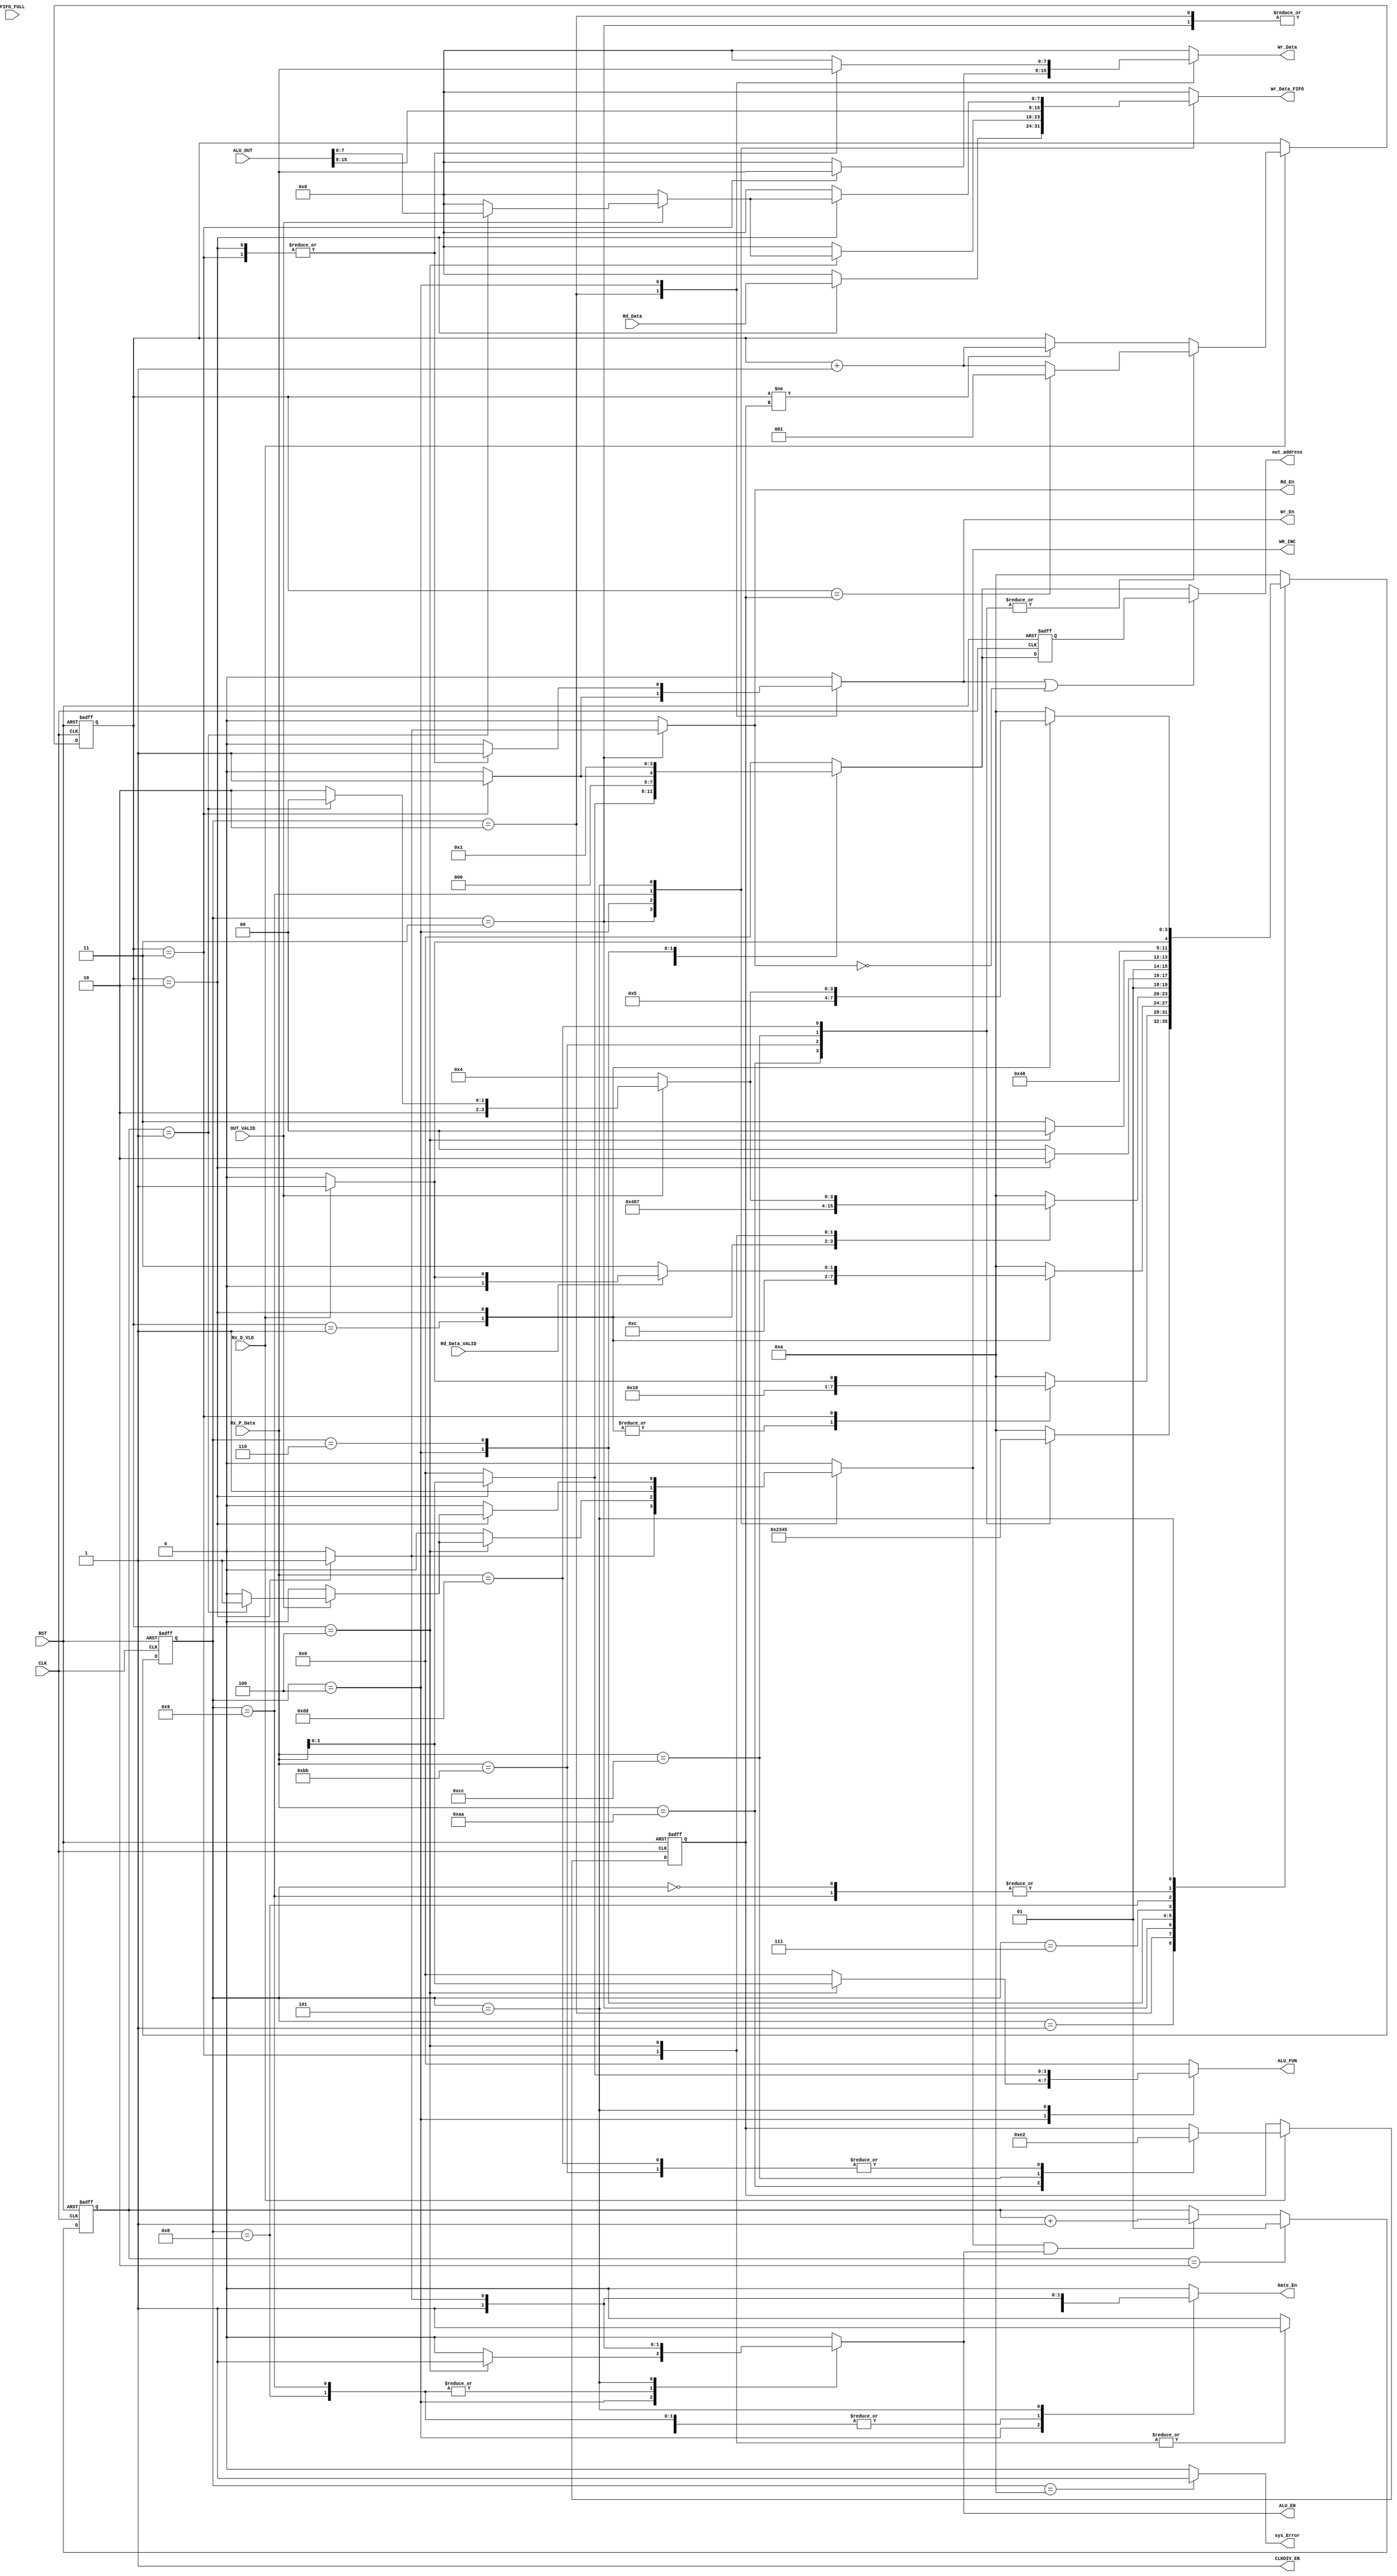
module System_CTRL(

input [15:0] 	ALU_OUT,

input		 	OUT_VALID,

input [7:0]		Rx_P_Data,

input			Rx_D_VLD,

input [7:0]		Rd_Data,

input			Rd_Data_VALID,

input			CLK,RST,FIFO_FULL,







output	reg 			ALU_EN,

output	reg [3:0]	ALU_FUN,

output	reg			Gate_En,

output	wire [3:0] 	out_address,

output	reg			Wr_En,Rd_En,

output	reg [7:0] 	Wr_Data,

output	reg [7:0] 	Wr_Data_FIFO ,

output	reg 			WR_INC,

output	reg 			sys_Error,

output 	wire 				CLKDIV_EN

















);





assign CLKDIV_EN = 1 ;







//reg [7:0] Wr_Data;

reg  [3:0] 	CU_STATE,NXT_STATE;

localparam  [3:0] 	IDLE = 4'b0000,

			Recieving = 4'b0001,

			Reg_File_Write = 4'b0010,

			Reg_File_Read = 4'b0011,

			ALU_with_operand = 4'b0100,

			ALU_with_No_operand = 4'b0101,

			wait_for_B = 4'b0110,

			turn_off_Wr_EN=4'b0111,

			turn_off_Wr_inc=4'b1000,

			final_send =4'b1001,

			ERROR =4'b1010;





reg [2:0] Frame_Counter ,Expected_NO_Frames;

//reg [7:0]  OLD_WR_DATA;

localparam [7:0]    RF_Wr_CMD = 8'hAA;

localparam [7:0]		  RF_Rd_CMD = 8'hBB;

localparam [7:0]		  ALU_OPER_W_OP_CMD = 8'hCC;

localparam [7:0]		  ALU_OPER_W_NOP_CMD = 8'hDD;





reg [1:0] send_CNT; //ALU_OPER_W_OP_CMD

//reg 		one_time;

reg [3:0] 	Address,Address_FF;

assign out_address = (Wr_En==1 || Rd_En == 0) ?  Address_FF :   Address;

//assign Wr_Data_final = (NXT_STATE == wait_for_B)? OLD_WR_DATA : Wr_Data;

/*

always @(posedge CLK or negedge RST)

begin

	if(!RST)

	begin

		OLD_WR_DATA <= 0;

	end

	else

	begin

		if(CU_STATE != wait_for_B)

			OLD_WR_DATA <= Wr_Data;

	end

end

*/

always @(posedge CLK or negedge RST)

begin

	if(!RST)

	begin

		Address_FF <= 1;

	end

	else

	begin

		

			Address_FF <= Address;

			

	end

	

	

end	







always @(posedge CLK or negedge RST)

begin

	if(!RST)

	begin

		send_CNT <= 1;

	end

	else

	begin

		if(send_CNT == 2 )

		begin

			send_CNT <= 1;

		end

		else if (WR_INC && ALU_EN)

		begin

			send_CNT <= send_CNT +1;

		end

	end

end







always @(posedge CLK or negedge RST)

begin

	if(!RST)

	begin

		CU_STATE <= IDLE;

		

	end

	else

	begin

		CU_STATE <= NXT_STATE;

	end

end





//Mealy 

always @(*)

begin

	case(CU_STATE)

	IDLE:

	begin

		

		ALU_EN = 0;

		ALU_FUN = 0;		

		Gate_En = 0;

		Address = 0;

		Wr_En = 0;

		Rd_En = 0;

		Wr_Data = 0;

		Wr_Data_FIFO = 0;

		WR_INC = 0;

		sys_Error = 0 ;

		//one_time =0;

		

		

		

		//NXT_STATE

		if(Rx_D_VLD)

		begin

			

			NXT_STATE = Recieving;

		end

		else

		begin

			NXT_STATE = IDLE;

		end

		

	end

	

	

	

	Recieving:

	begin	

		ALU_EN = 0;

		ALU_FUN = 0;		

		Gate_En = 0;

		Address = 0;

		Wr_En = 0;

		Rd_En = 0;

		Wr_Data = 0;

		Wr_Data_FIFO = 0;

		WR_INC = 0;

		sys_Error = 0 ;

		//one_time =0;

		

		

		

		case(Rx_P_Data)

		RF_Wr_CMD: 

		begin

			NXT_STATE = Reg_File_Write;

		end

		

		RF_Rd_CMD: 

		begin

			NXT_STATE = Reg_File_Read;

		end

		

		ALU_OPER_W_OP_CMD: 

		begin

			NXT_STATE = ALU_with_operand;

		end

		

		ALU_OPER_W_NOP_CMD: 

		begin

			NXT_STATE = ALU_with_No_operand;

		end

		

		default: // other commands [unknown]

		begin

			NXT_STATE = ERROR;

		end

		

		endcase

	

	end

	

	

	Reg_File_Write:
	

	begin
		ALU_EN = 0;
		ALU_FUN = 0;		
		Gate_En = 0;
		Address = 0;
		Wr_En = 0;
		Rd_En = 0;
		Wr_Data = 0;
		Wr_Data_FIFO = 0;
		WR_INC = 0;
		sys_Error = 0 ;
		

		case(Frame_Counter)

		3'd1:

		begin

			NXT_STATE = Reg_File_Write;

			//one_time =0;

		end

		3'd2:

		begin

			NXT_STATE = Reg_File_Write;

			//

			ALU_EN = 0;

			ALU_FUN = 0;		

			Gate_En = 0;

			Address = Rx_P_Data[3:0];

			

			Wr_En = 0;

			Rd_En = 0;

			Wr_Data = 0;

			Wr_Data_FIFO = 0;

			WR_INC = 0;

			sys_Error = 0 ;

			

			

			

		end

		3'd3:

		begin

			ALU_EN = 0;

			ALU_FUN = 0;		

			Gate_En = 0;

			Address = 0;

			Wr_En = 1;

			Rd_En = 0;

			Wr_Data = Rx_P_Data;

			Wr_Data_FIFO = 0;

			WR_INC = 0;

			sys_Error = 0 ;

			//one_time =0;

		

			if(Rx_D_VLD)

			begin

				NXT_STATE = Recieving ;	

			end

			else

			begin

				NXT_STATE = IDLE;

			end	

		

		end			

		default:

		begin

			NXT_STATE = ERROR;

			

			

		end

		endcase

		

		

	end

	

	

	Reg_File_Read:

	begin
		ALU_EN = 0;
		ALU_FUN = 0;		
		Gate_En = 0;
		Address = 0;
		Wr_En = 0;
		Rd_En = 0;
		Wr_Data = 0;
		Wr_Data_FIFO = 0;
		WR_INC = 0;
		sys_Error = 0 ;

		

		case(Frame_Counter)

		3'd1:

		begin

			//one_time =0;

			NXT_STATE = Reg_File_Read;

		end

		3'd2:

		begin

			

			//

			ALU_EN = 0;

			ALU_FUN = 0;		

			Gate_En = 0;

			Address = Rx_P_Data[3:0];

			

			Wr_En = 0;

			Rd_En = 1;

			Wr_Data = 0;

			Wr_Data_FIFO = 0;

			WR_INC = 0;

			sys_Error = 0 ;

			

			// out_to_Tx

			if(Rd_Data_VALID)

			begin

				Wr_Data_FIFO =  Rd_Data;

				WR_INC = 1;

				if(Rx_D_VLD)

				begin

					NXT_STATE = Recieving ;	

				end

				else

				begin

					NXT_STATE = IDLE;

				end

			end

			else

			begin

				NXT_STATE = Reg_File_Read ;	
				Wr_Data_FIFO =  Rd_Data;
				WR_INC = 1;

			end

				

			

			

			

			

			

		end

		

		

		

		default:

		begin

			NXT_STATE = ERROR;

			

			

		end

		endcase

	end

	

	

	

	ALU_with_operand:
	

	begin
		ALU_EN = 0;
		ALU_FUN = 0;		
		Gate_En = 0;
		Address = 0;
		Wr_En = 0;
		Rd_En = 0;
		Wr_Data = 0;
		Wr_Data_FIFO = 0;
		WR_INC = 0;
		sys_Error = 0 ;
		
		case(Frame_Counter)

		3'd1:

		begin

			NXT_STATE = ALU_with_operand;

		end

		3'd2:

		begin

			ALU_EN = 0;

			ALU_FUN = 0;

			Gate_En = 0;

			Wr_En = 1;

			Address = 8'h0 ;

			Rd_En = 0;

			Wr_Data = Rx_P_Data;

			Wr_Data_FIFO = 0;

			WR_INC = 0;

			sys_Error = 0 ;

			//one_time =0;

		

			NXT_STATE = wait_for_B;

		end

		

		3'd3:

		begin

			ALU_EN = 0;

			ALU_FUN = 0;

			Gate_En = 1;

			Wr_En = 1;

			Address = 8'h1 ;

			Rd_En = 0;

			Wr_Data = Rx_P_Data;

			Wr_Data_FIFO = 0;

			WR_INC = 0;

			//one_time =0;

			NXT_STATE = turn_off_Wr_EN;

		end

		

		3'd4:

		begin

			ALU_EN = 1;

			ALU_FUN = Rx_P_Data[3:0];

			Gate_En = 1;

			Wr_En = 0;

			Address = 0 ;

			Rd_En = 0;

			Wr_Data = 0;

			Wr_Data_FIFO = 0;

			WR_INC = 0;

			//one_time =0;

			if(OUT_VALID)

			begin

				case(send_CNT)

				'd1:

				begin

					Wr_Data_FIFO =  ALU_OUT[7:0];

					WR_INC = 1;

					NXT_STATE = turn_off_Wr_inc;

					Wr_En = 0;

				end

				

				default:

				begin

					NXT_STATE = ERROR;

						

				end

				endcase

				

			end

			else

			begin

				NXT_STATE = ALU_with_operand;

			end

			

			

		end

		

		default:

		begin

			NXT_STATE = ERROR;

			

		end

		endcase

		

	end

	

	wait_for_B:

	begin

		ALU_EN = 0;

		ALU_FUN = 0;

		Gate_En = 0;

		Wr_En = 0;

		Address = 8'h1 ;

		Rd_En = 0;

		Wr_Data = 0;

		Wr_Data_FIFO = 0;

		WR_INC = 0;
		sys_Error = 0 ;

		

		if(Frame_Counter == 2)

			NXT_STATE = wait_for_B;

		else // it is 3 

			NXT_STATE = ALU_with_operand;

		

	end

	turn_off_Wr_EN:

	begin

		ALU_EN = 0;

		ALU_FUN = 0;

		Gate_En = 1;

		Wr_En = 0;

		Address = 0 ;

		Rd_En = 0;

		Wr_Data = 0;

		Wr_Data_FIFO = 0;

		WR_INC = 0;
		sys_Error = 0 ;

		if(Frame_Counter == 4)

			NXT_STATE = ALU_with_operand;

		else

			NXT_STATE = turn_off_Wr_EN;

	end

	turn_off_Wr_inc:

	begin

		ALU_EN = 1;

		ALU_FUN = 0;

		Gate_En = 1;

		Wr_En = 0;

		Address = 0 ;

		Rd_En = 0;

		Wr_Data = 0;
		WR_INC = 0;

		Wr_Data_FIFO = 0;

		
		sys_Error = 0 ;
		

		NXT_STATE = final_send;

	end

	final_send:

	begin

		ALU_EN = 1;

		ALU_FUN = 0;

		Gate_En = 1;

		

		Address = 0 ;

		Rd_En = 0;

		Wr_Data = 0;

		Wr_Data_FIFO =  ALU_OUT[15:8];

		WR_INC = 1;

		Wr_En = 0;
		sys_Error = 0 ;

		//NXT_STATE = ALU_with_operand;

		if(Rx_D_VLD)

		begin

			NXT_STATE = Recieving ;	

		end

		else

		begin

			NXT_STATE = IDLE;

		end	

	end

	ALU_with_No_operand:

	

	begin
		ALU_EN = 0;
		ALU_FUN = 0;		
		Gate_En = 0;
		Address = 0;
		Wr_En = 0;
		Rd_En = 0;
		Wr_Data = 0;
		Wr_Data_FIFO = 0;
		WR_INC = 0;
		sys_Error = 0 ;
		
		case(Frame_Counter)

		3'd1:

		begin

			NXT_STATE = ALU_with_No_operand;

		end

		3'd2:

		begin

			ALU_EN = 1;

			ALU_FUN = Rx_P_Data[3:0];

			Gate_En = 1;

			Wr_En = 0;

			Address = 0 ;

			Rd_En = 0;

			Wr_Data = 0;

			Wr_Data_FIFO = 0;

			WR_INC = 0;

			sys_Error = 0 ;

			//one_time =0;

			if(OUT_VALID)

			begin

				case(send_CNT)

				'd1:

				begin

					Wr_Data_FIFO =  ALU_OUT[7:0];

					WR_INC = 1;

					NXT_STATE = turn_off_Wr_inc;

					Wr_En = 0;

				end

				

				default:

				begin

					NXT_STATE = ERROR;

						

				end

				endcase

				

			end

			else

			begin

				NXT_STATE = ALU_with_operand;

			end

			

			

		end

		

		default:

		begin

			NXT_STATE = ERROR;

			

		end

		endcase

		

		

	end

	

	ERROR:

	begin

		ALU_EN = 0;

		ALU_FUN = 0;

		Gate_En = 0;

		Wr_En = 0;

		Address = 0 ;

		Rd_En = 0;

		Wr_Data = 0;

		Wr_Data_FIFO = 0;

		WR_INC = 0;

		sys_Error = 1 ;

		//one_time =0;
		NXT_STATE = ERROR;

	end

	default:

	begin

		NXT_STATE = ERROR;
		ALU_EN = 0;
		ALU_FUN = 0;		
		Gate_En = 0;
		Address = 0;
		Wr_En = 0;
		Rd_En = 0;
		Wr_Data = 0;
		Wr_Data_FIFO = 0;
		WR_INC = 0;
		sys_Error = 0 ;

	end

	endcase

	

end













always @(posedge CLK or negedge RST)

begin

	if(!RST)

	begin

		Expected_NO_Frames <= 4; // any value so it doesnt zero the frame couner again

	end

	else

	begin

		if(Rx_D_VLD) // else retain its old value

		begin

			case(Rx_P_Data)

			RF_Wr_CMD: // 3 frames

			begin

				Expected_NO_Frames  <= 3;

			end

			RF_Rd_CMD: // 2 frames

			begin

				Expected_NO_Frames  <= 2;

			end

			ALU_OPER_W_OP_CMD: // 4 frames

			begin

				Expected_NO_Frames  <= 4;

			end

			ALU_OPER_W_NOP_CMD: // 2 frames

			begin

				Expected_NO_Frames  <= 2;

			end

			default: // other commands such alu_op1 ALU_op2

			begin

				// retain its old value so Frame_Counter continue comparing

			end

			endcase

		end

		

		

		

	end

end









always @(posedge CLK or negedge RST)

begin

	if(!RST)

	begin

		Frame_Counter <= 0; 

	end

	else

	begin

		if(Rx_D_VLD) 

		begin

			case(Rx_P_Data)

				RF_Wr_CMD: 

				begin

					if(Frame_Counter == Expected_NO_Frames)

						Frame_Counter <= 1; // this is frame no 1 // for consecutive commands

					else	

						Frame_Counter <= Frame_Counter +1;  // for the first time  program run

				end

				RF_Rd_CMD: 

				begin

					if(Frame_Counter == Expected_NO_Frames)

						Frame_Counter <= 1; // this is frame no 1 // for consecutive commands

					else	

						Frame_Counter <= Frame_Counter +1;  // for the first time  program run

				end

				ALU_OPER_W_OP_CMD: 

				begin

					if(Frame_Counter == Expected_NO_Frames)

						Frame_Counter <= 1; // this is frame no 1 // for consecutive commands

					else	

						Frame_Counter <= Frame_Counter +1;  // for the first time  program run

				end

				ALU_OPER_W_NOP_CMD: 

				begin

					if(Frame_Counter == Expected_NO_Frames)

						Frame_Counter <= 1; // this is frame no 1 // for consecutive commands

					else	

						Frame_Counter <= Frame_Counter +1;  // for the first time  program run

				end

				default: 

				begin

					if(Frame_Counter != Expected_NO_Frames)

						Frame_Counter <= Frame_Counter +1;

					else ; // retain your value 

				end

			endcase

		end	

	end				

	

end



















endmodule